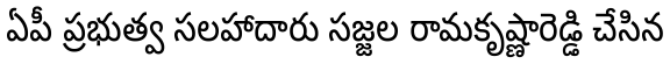
ఏపీ ప్రభుత్వ సలహాదారు సజ్జల రామకృష్ణారెడ్డి చేసిన